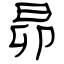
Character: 昴